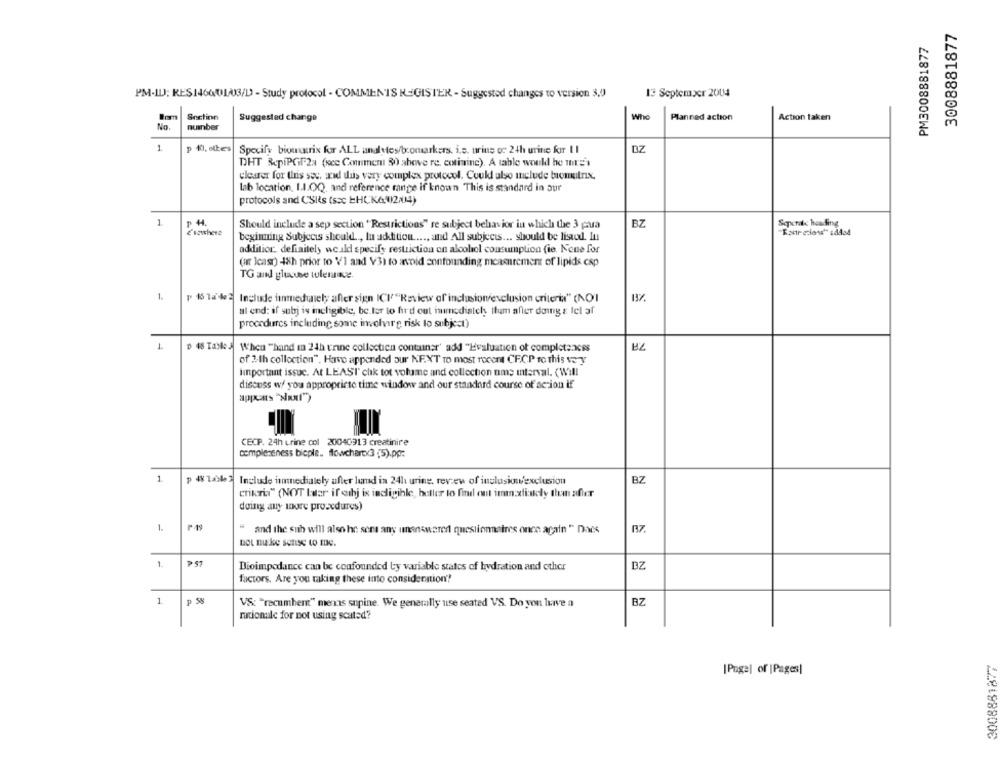
3008881877
PM3008881877
13 September 2004
PM-ILJ; RES1460013/D - Study protocol - COMMENTS REGISTER - Suggested changes to version 3,0
Snctinn
Who
Suggested change
Planned action
Action taken
No.
number
1
p 10, ettes
Specify biomatrix for ALL analetes/bromarkers, i.e. urins oc 24h urine for II
DZ
DHT &pipGif2a (sce Comment 30) above re, cotimine). A table would be mnr='
clearer for this sec, and thus very complex protocol. Couk also include tomutry,
lab location, I.I.OQ, and reference range if known This is standard in our
protocols and CSIis (scc EHCKG(02/04)
1
₱ 4.
Should include a sep section " Restrictions" re subject behavior in which the 3 pua
BZ
Seperate heading
e'agwhere
beginning Subjects should .., In addition ...., and All subjects ... should be listed. In
addition. definitely would specify restriction on alcohol consumption (ie. None for
(ar Icast) -48h prior to VI and V3) to avoid confounding measurement of lipids csp
TG and glucose tolerance.
1.
p 15 la'de 2 Include immediately after sign ICI"Review of inclusionexclusion criteria" (NOI
al end: if subj is ineligible, be ler to hurd out immediately tham after doing & lel af
procedures including some involverg risk to subject)
1
D 48 Taxes When "hand in 24h trine collectien contuner' add "Evaluation of completeness
of 2-th collection", Have appended our NEXT to most recent CF.CP to this very
important issue. At LEAST' chik tot volume and collection ume interval. (Will
discuss w/ you appropriate time window and our standard course of action if
CECP. 24h urine col 20040913 creatinire
completeness bicple .. flowchartx3 (5).pp:
1
Include immediately after lumd in 24h urine, review of inclusion/exclusion
BZ
crikTil" (NOT Later if orhj is indigihle, better to find out imm:xfinely then after
doing any more procedures)
1.
and the sub will also he sens any unanswered questionnaires once again " Daes
17.
not mike sense to me.
1
PST
Dioimpedance can be confounded by variable states of hydration and other
DZ
factors. Are you taking these into consideration'?
1
P SN
BZ
VS: "recumbent" menos supine. We generally use seated VS. Do you lurve a
rationale for not using scated?
2008881877
[Page] of |Pages]